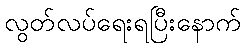
လွတ်လပ်ရေးရပြီးနောက်